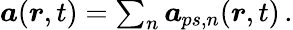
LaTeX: \begin{array}{r}{\boldsymbol{a}(\boldsymbol{r},t)=\sum_{n}^{}\boldsymbol{a}_{\! \; \! ps,n}(\boldsymbol{r},t)\, .}\end{array}